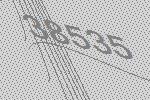
38535